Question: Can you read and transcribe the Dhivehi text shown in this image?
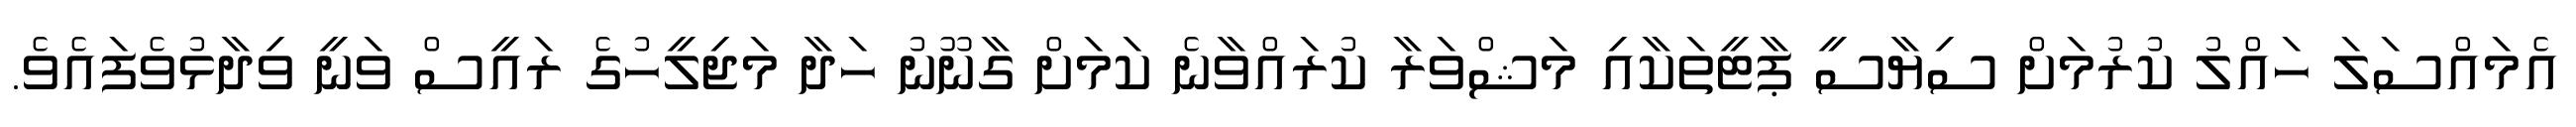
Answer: އެމައްސަލަ ހައްލު ކުރުމަށް ސިޔާސީ ޕާޓީތަކާއި މަޝްވަރާ ކުރައްވާނެ ކަމަށް ގާނޫނު ހަދާ މަޖިލީހުގެ ރައީސް ވަނީ ވިދާޅުވެފައެވެ.